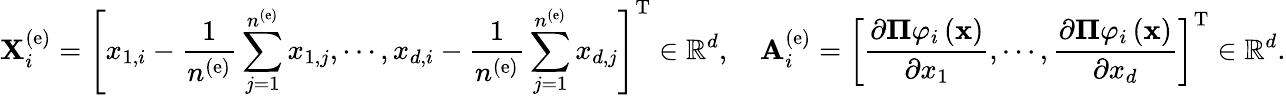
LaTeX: {\mathbf X}_{i}^{\left(\mathrm{e}\right)}=\left[x_{1,i}-\frac{1}{n^{\left(\mathrm{e}\right)}}\sum_{j=1}^{n^{\left(\mathrm{e}\right)}}x_{1,j},\cdots,x_{d,i}-\frac{1}{n^{\left(\mathrm{e}\right)}}\sum_{j=1}^{n^{\left(\mathrm{e}\right)}}x_{d,j}\right]^{\mathrm{T}}\in\mathbb{R}^{d},\quad{\mathbf A}_{i}^{\left(\mathrm{e}\right)}=\left[{\frac{{\partial{\mathbf\Pi}{\varphi_{i}}\left({\mathbf{x}}\right)}}{{\partial x_{1}}}},\cdots,{\frac{{\partial{\mathbf\Pi}{\varphi_{i}}\left({\mathbf{x}}\right)}}{{\partial x_{d}}}}\right]^{\mathrm{T}}\in\mathbb{R}^{d}.